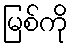
မြစ်ကို